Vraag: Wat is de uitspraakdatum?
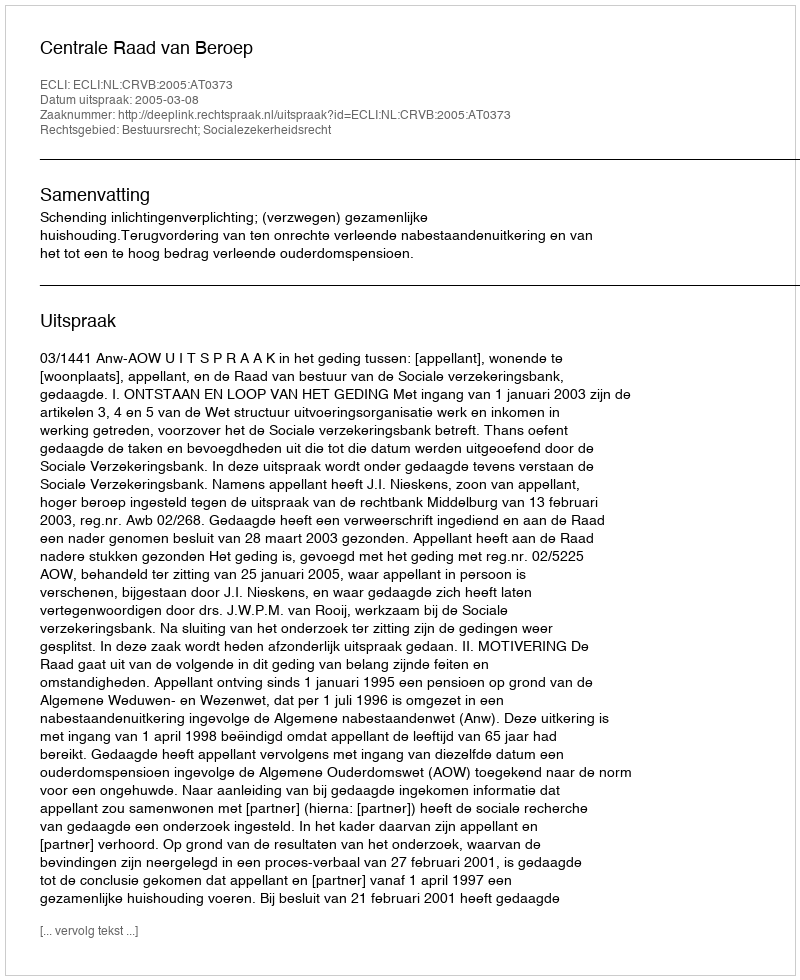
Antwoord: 2005-03-08